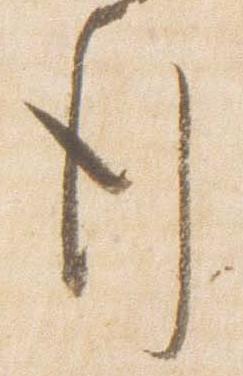
行